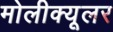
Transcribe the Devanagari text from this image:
मोलीक्यूलर